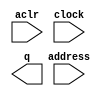
// megafunction wizard: %ROM: 1-PORT%VBB%
// GENERATION: STANDARD
// VERSION: WM1.0
// MODULE: altsyncram 

// ============================================================
// Megafunction Name(s):
// 			altsyncram
//
// Simulation Library Files(s):
// 			altera_mf
// ============================================================
// ************************************************************
// THIS IS A WIZARD-GENERATED FILE. DO NOT EDIT THIS FILE!
//
// 13.0.1 Build 232 06/12/2013 SP 1 SJ Web Edition
// ************************************************************

//Copyright (C) 1991-2013 Altera Corporation
//Your use of Altera Corporation's design tools, logic functions 
//and other software and tools, and its AMPP partner logic 
//functions, and any output files from any of the foregoing 
//(including device programming or simulation files), and any 
//associated documentation or information are expressly subject 
//to the terms and conditions of the Altera Program License 
//Subscription Agreement, Altera MegaCore Function License 
//Agreement, or other applicable license agreement, including, 
//without limitation, that your use is for the sole purpose of 
//programming logic devices manufactured by Altera and sold by 
//Altera or its authorized distributors.  Please refer to the 
//applicable agreement for further details.

module ROM (
	aclr,
	address,
	clock,
	q);

	input	  aclr;
	input	[5:0]  address;
	input	  clock;
	output	[9:0]  q;
`ifndef ALTERA_RESERVED_QIS
// synopsys translate_off
`endif
	tri0	  aclr;
	tri1	  clock;
`ifndef ALTERA_RESERVED_QIS
// synopsys translate_on
`endif

endmodule

// ============================================================
// CNX file retrieval info
// ============================================================
// Retrieval info: PRIVATE: ADDRESSSTALL_A NUMERIC "0"
// Retrieval info: PRIVATE: AclrAddr NUMERIC "1"
// Retrieval info: PRIVATE: AclrByte NUMERIC "0"
// Retrieval info: PRIVATE: AclrOutput NUMERIC "1"
// Retrieval info: PRIVATE: BYTE_ENABLE NUMERIC "0"
// Retrieval info: PRIVATE: BYTE_SIZE NUMERIC "8"
// Retrieval info: PRIVATE: BlankMemory NUMERIC "0"
// Retrieval info: PRIVATE: CLOCK_ENABLE_INPUT_A NUMERIC "0"
// Retrieval info: PRIVATE: CLOCK_ENABLE_OUTPUT_A NUMERIC "0"
// Retrieval info: PRIVATE: Clken NUMERIC "0"
// Retrieval info: PRIVATE: IMPLEMENT_IN_LES NUMERIC "0"
// Retrieval info: PRIVATE: INIT_FILE_LAYOUT STRING "PORT_A"
// Retrieval info: PRIVATE: INIT_TO_SIM_X NUMERIC "0"
// Retrieval info: PRIVATE: INTENDED_DEVICE_FAMILY STRING "Cyclone IV GX"
// Retrieval info: PRIVATE: JTAG_ENABLED NUMERIC "0"
// Retrieval info: PRIVATE: JTAG_ID STRING "NONE"
// Retrieval info: PRIVATE: MAXIMUM_DEPTH NUMERIC "0"
// Retrieval info: PRIVATE: MIFfilename STRING "../../CA_Project/output0.hex"
// Retrieval info: PRIVATE: NUMWORDS_A NUMERIC "64"
// Retrieval info: PRIVATE: RAM_BLOCK_TYPE NUMERIC "0"
// Retrieval info: PRIVATE: RegAddr NUMERIC "1"
// Retrieval info: PRIVATE: RegOutput NUMERIC "1"
// Retrieval info: PRIVATE: SYNTH_WRAPPER_GEN_POSTFIX STRING "0"
// Retrieval info: PRIVATE: SingleClock NUMERIC "1"
// Retrieval info: PRIVATE: UseDQRAM NUMERIC "0"
// Retrieval info: PRIVATE: WidthAddr NUMERIC "6"
// Retrieval info: PRIVATE: WidthData NUMERIC "10"
// Retrieval info: PRIVATE: rden NUMERIC "0"
// Retrieval info: LIBRARY: altera_mf altera_mf.altera_mf_components.all
// Retrieval info: CONSTANT: ADDRESS_ACLR_A STRING "CLEAR0"
// Retrieval info: CONSTANT: CLOCK_ENABLE_INPUT_A STRING "BYPASS"
// Retrieval info: CONSTANT: CLOCK_ENABLE_OUTPUT_A STRING "BYPASS"
// Retrieval info: CONSTANT: INIT_FILE STRING "../../CA_Project/output0.hex"
// Retrieval info: CONSTANT: INTENDED_DEVICE_FAMILY STRING "Cyclone IV GX"
// Retrieval info: CONSTANT: LPM_TYPE STRING "altsyncram"
// Retrieval info: CONSTANT: NUMWORDS_A NUMERIC "64"
// Retrieval info: CONSTANT: OPERATION_MODE STRING "ROM"
// Retrieval info: CONSTANT: OUTDATA_ACLR_A STRING "CLEAR0"
// Retrieval info: CONSTANT: OUTDATA_REG_A STRING "CLOCK0"
// Retrieval info: CONSTANT: WIDTHAD_A NUMERIC "6"
// Retrieval info: CONSTANT: WIDTH_A NUMERIC "10"
// Retrieval info: CONSTANT: WIDTH_BYTEENA_A NUMERIC "1"
// Retrieval info: USED_PORT: aclr 0 0 0 0 INPUT GND "aclr"
// Retrieval info: USED_PORT: address 0 0 6 0 INPUT NODEFVAL "address[5..0]"
// Retrieval info: USED_PORT: clock 0 0 0 0 INPUT VCC "clock"
// Retrieval info: USED_PORT: q 0 0 10 0 OUTPUT NODEFVAL "q[9..0]"
// Retrieval info: CONNECT: @aclr0 0 0 0 0 aclr 0 0 0 0
// Retrieval info: CONNECT: @address_a 0 0 6 0 address 0 0 6 0
// Retrieval info: CONNECT: @clock0 0 0 0 0 clock 0 0 0 0
// Retrieval info: CONNECT: q 0 0 10 0 @q_a 0 0 10 0
// Retrieval info: GEN_FILE: TYPE_NORMAL ROM.v TRUE
// Retrieval info: GEN_FILE: TYPE_NORMAL ROM.inc FALSE
// Retrieval info: GEN_FILE: TYPE_NORMAL ROM.cmp FALSE
// Retrieval info: GEN_FILE: TYPE_NORMAL ROM.bsf TRUE
// Retrieval info: GEN_FILE: TYPE_NORMAL ROM_inst.v FALSE
// Retrieval info: GEN_FILE: TYPE_NORMAL ROM_bb.v TRUE
// Retrieval info: LIB_FILE: altera_mf